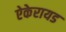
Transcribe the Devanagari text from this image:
ऐकेरायड